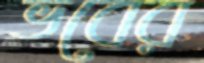
ভবের